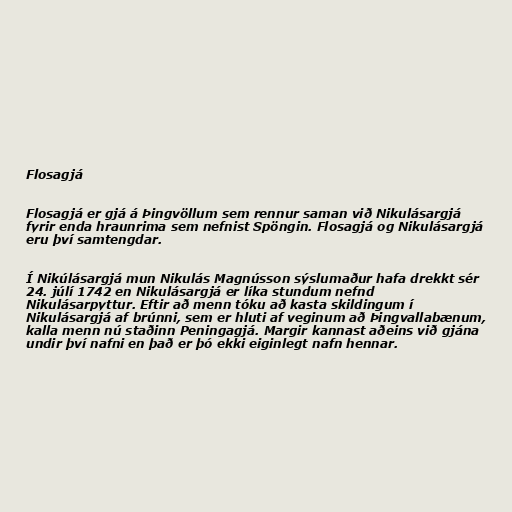
Flosagjá

Flosagjá er gjá á Þingvöllum sem rennur saman við Nikulásargjá
fyrir enda hraunrima sem nefnist Spöngin. Flosagjá og Nikulásargjá
eru því samtengdar.

Í Nikúlásargjá mun Nikulás Magnússon sýslumaður hafa drekkt sér
24. júlí 1742 en Nikulásargjá er líka stundum nefnd
Nikulásarpyttur. Eftir að menn tóku að kasta skildingum í
Nikulásargjá af brúnni, sem er hluti af veginum að Þingvallabænum,
kalla menn nú staðinn Peningagjá. Margir kannast aðeins við gjána
undir því nafni en það er þó ekki eiginlegt nafn hennar.